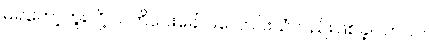
မရတော့ဘူးလို့ သတိပေးခေါင်းလောင်းသံလည်းဖြစ်ခဲ့ပါတယ်။